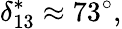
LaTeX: \delta_{13}^{*}\approx 73^{\circ},